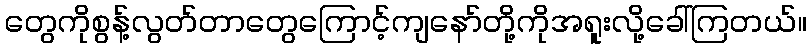
တွေကိုစွန့်လွတ်တာတွေကြောင့်ကျနော်တို့ကိုအရူးလို့ခေါ်ကြတယ်။